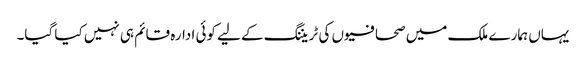
یہاں ہمارے ملک میں صحافیوں کی ٹریننگ کے لیے کوئی ادارہ قائم ہی نہیں کیا گیا۔